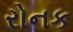
રોનક